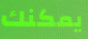
يمكنك